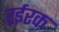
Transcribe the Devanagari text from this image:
रईरक